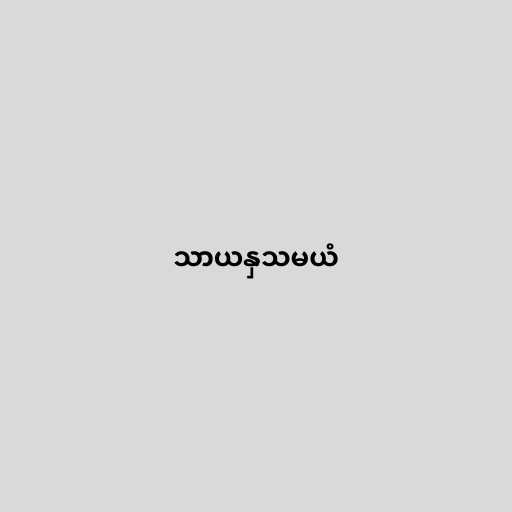
သာယနှသမယံ